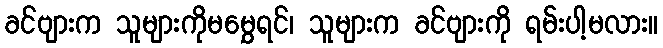
ခင်ဗျားက သူများကိုမမွှေရင်၊ သူများက ခင်ဗျားကို ရမ်းပါ့မလား။